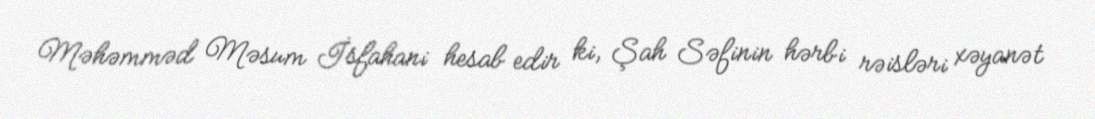
Məhəmməd Məsum İsfahani hesab edir ki, Şah Səfinin hərbi rəisləri xəyanət